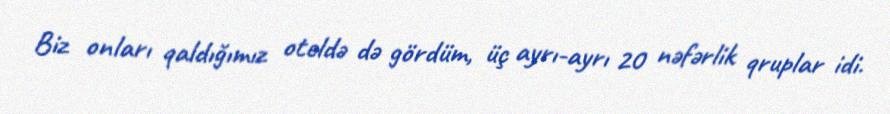
Biz onları qaldığımız oteldə də gördüm, üç ayrı-ayrı 20 nəfərlik qruplar idi.